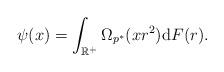
LaTeX: \begin{align*}\psi(x)=\int_{\mathbb{R}^+}\Omega_{p^*}(xr^2)\textnormal{d}F(r).\end{align*}